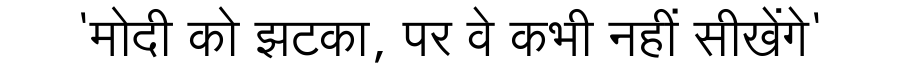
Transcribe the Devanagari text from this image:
'मोदी को झटका, पर वे कभी नहीं सीखेंगे'